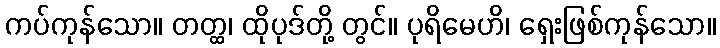
ကပ်ကုန်သော။ တတ္ထ၊ ထိုပုဒ်တို့ တွင်။ ပုရိမေဟိ၊ ရှေးဖြစ်ကုန်သော။